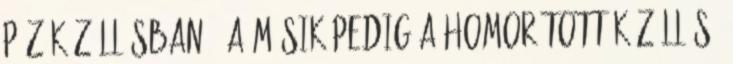
póz kézállásban , a másik pedig a homorított kézállás.